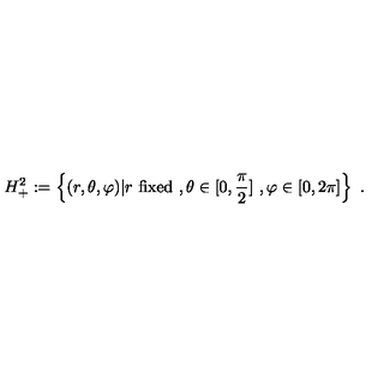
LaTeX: H _ { + } ^ { 2 } : = \left\{ ( r , \theta , \varphi ) | r \ \mathrm { f i x e d } \ , \theta \in [ 0 , \frac { \pi } { 2 } ] \ , \varphi \in [ 0 , 2 \pi ] \right\} \ .